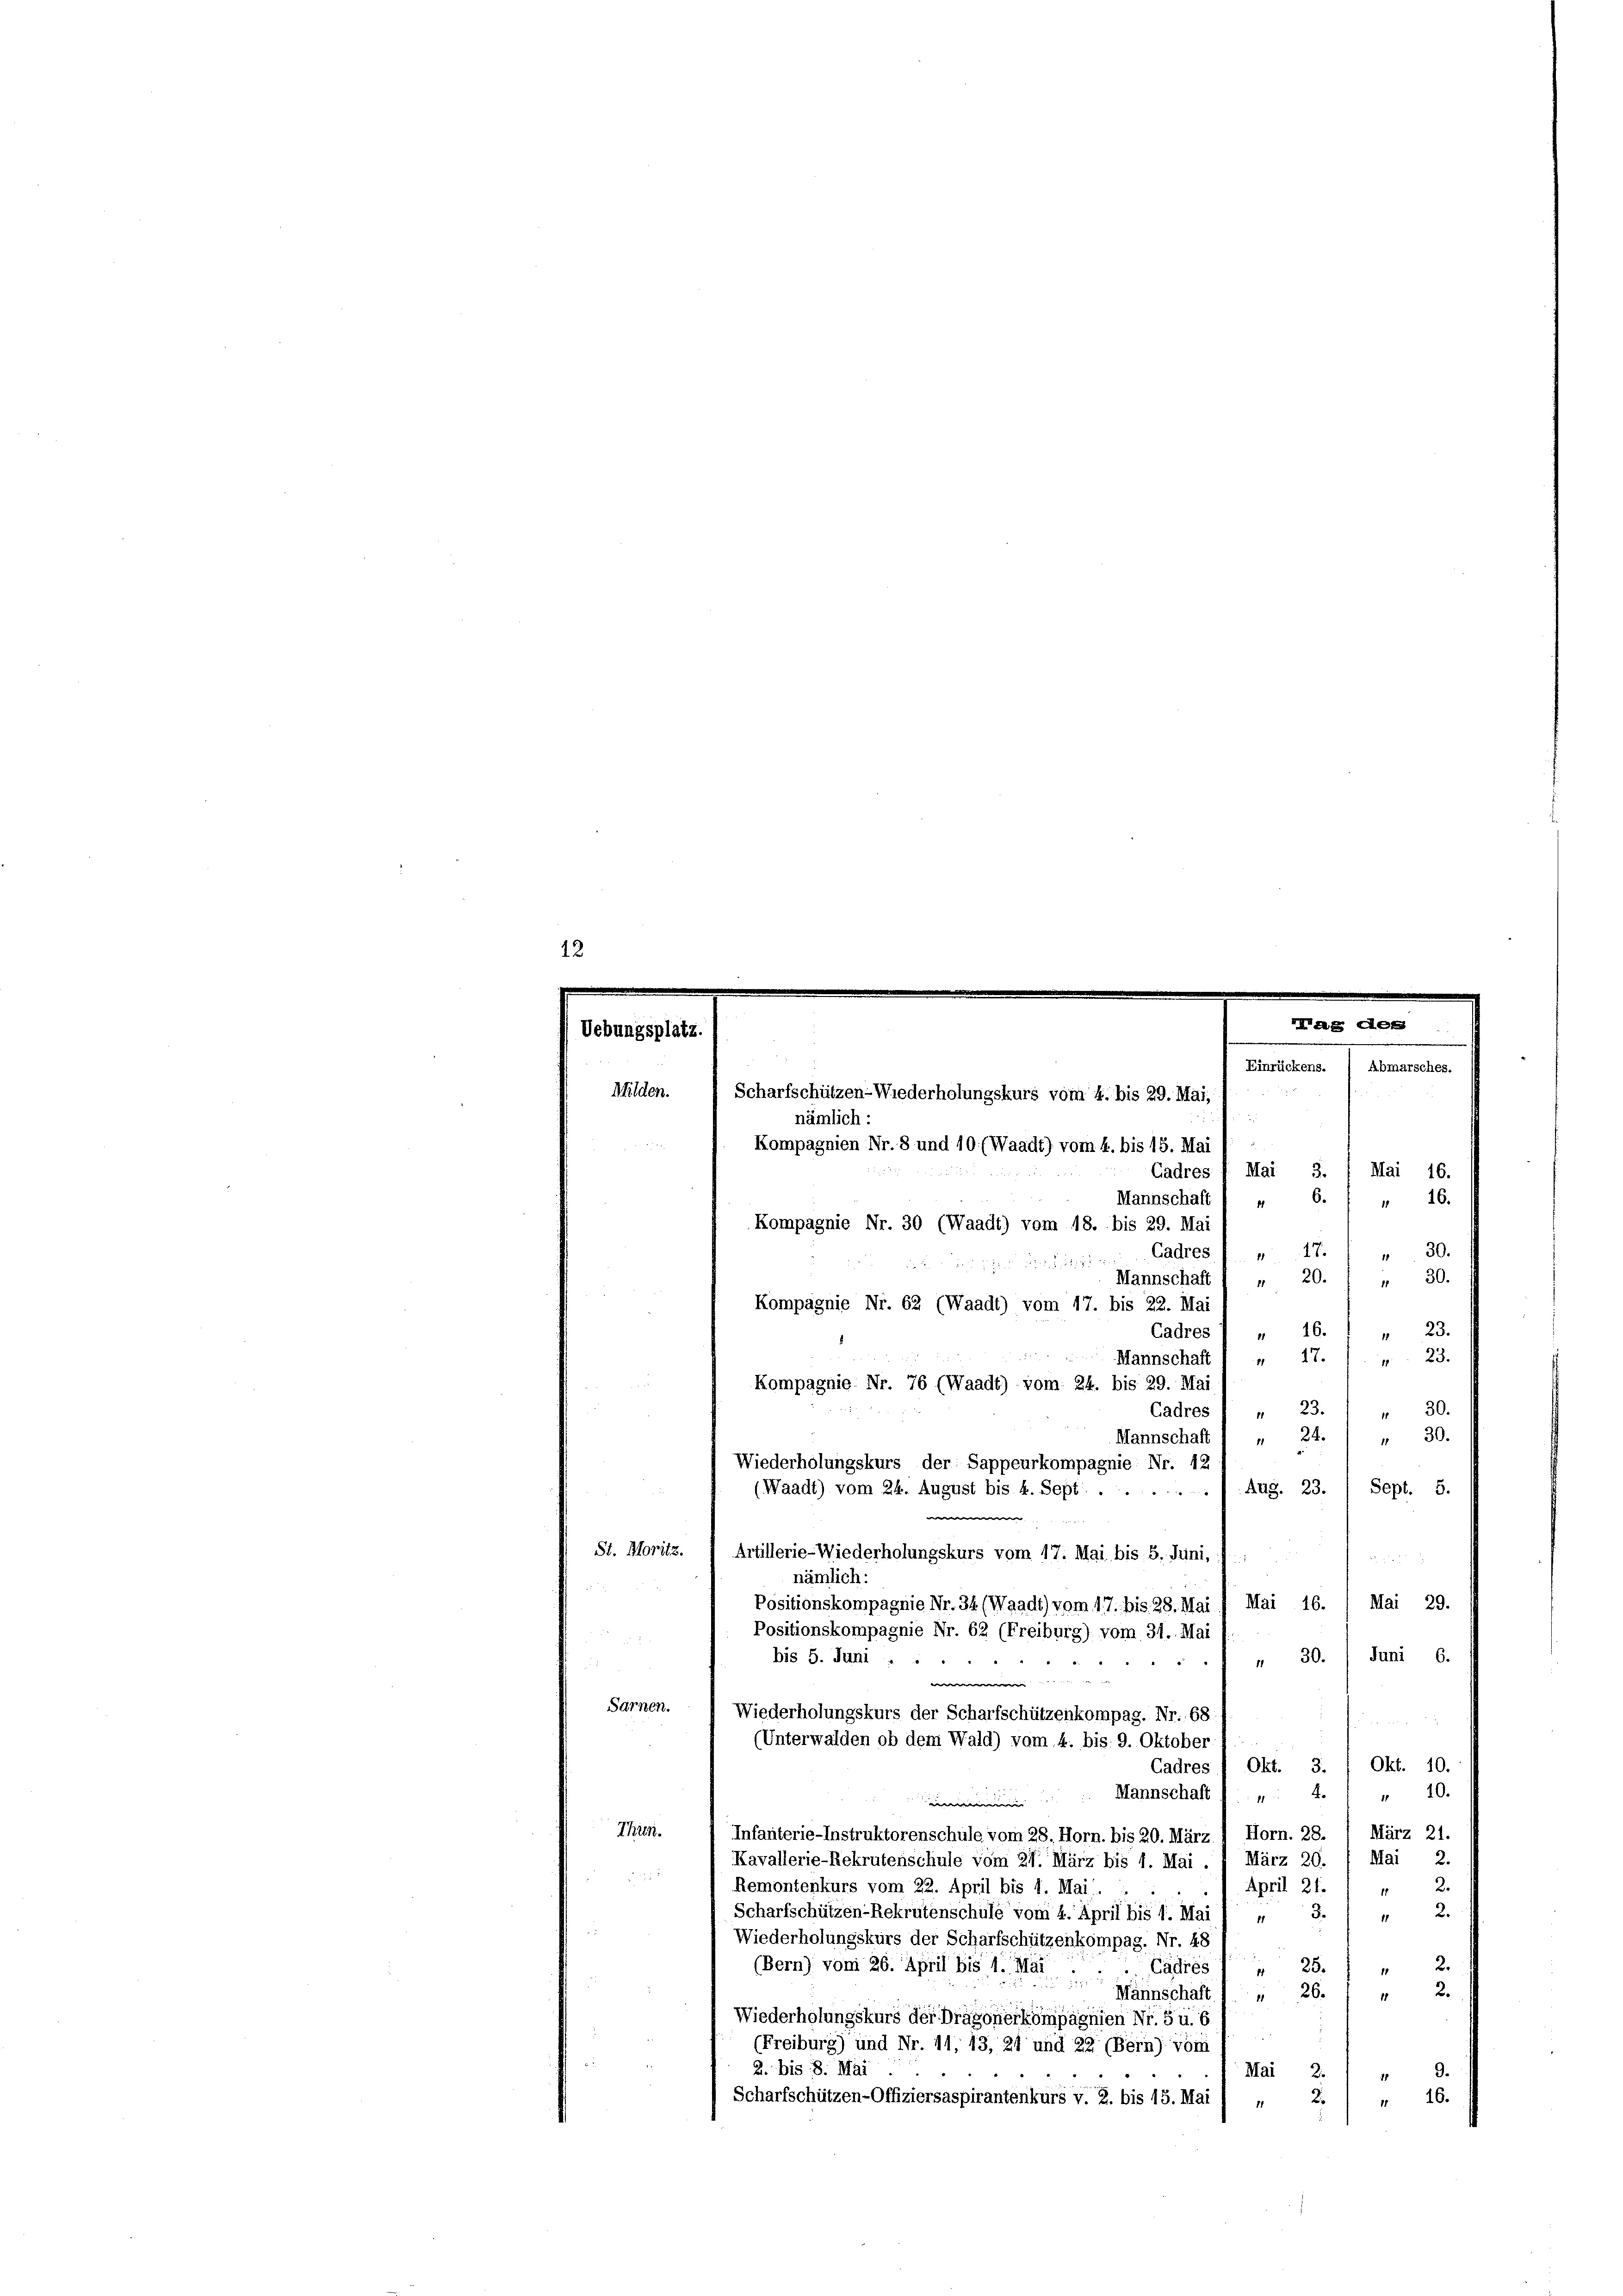
Mag des
Uebungsplatz.
Martiere fernennen
Milden.
Scharfschützen-Wiederholungskurs vom 4. bis 29. Mai,
nämlich:
Kompagnien Nr. 8 und 10. (Waadt) vom 4. bis 15. Mai
6.
Mannschaft
" 16.
11
Kompagnie Nr. 30 (Waadt) vom 18. bis 29. Mai
" 30.
din ihr denseitigen Cadres 17
 30.
" 20.
Mannschaft
Kompagnie Nr. 62 (Waadt) vom 17. bis 22. Mai
)
Cadres
2
16.
11
1
23.
" 17.
Mannschaft
1
Kompagnie Nr. 76 (Waadt) vom 24. bis 29. Mai
30.
Cadres / " 23.
11
 30.
Mannschaft 1 „ 24.
Wiederholungskurs der Sappeurkompagnie Nr. 42
Sept. 5.
Aug. 23.
(Waadt) vom 24. August bis k. Sept.
e
St. Moritz.
Artillerie-Wiederholungskurs vom 17. Mai bis 5. Jini,
 12 x
nämlich:
Mai 16.
Mai 29.
Positionskompagnie Nr. 34. (Waadt) vom 17. bis 28. Mai
Positionskompagnie Nr. 62 (Freiburg) vom 31. Mai

„ 30. Juni 6.
bis 5. Juni
e
Sarnen.
Wiederholungskurs der Scharfschützenkompag. Nr. 68
(Unterwalden ob dem Wald) vom 4. bis 9. Oktober
Cadres 1 Okt. 3. / Okt. 10.
Mannschaft
10.

.
Thun.
März 21.
Infanterie-Instruktorenschule vom 28. Horn. bis 20. März 1 Horn. 28.
Kavallerie-Rekrutenschule vom 27. März bis 4. Mai. 1 März 29. / Mai 2.
 10
Remontenkurs vom 22. April bis 1. Mai
April 21. 1 " 2.
2.
3.
Scharfschützen-Rekrutenschule vom 4. April bis 1. Mai / 4
11
Wiederholungskurs der Scharfschützenkompag. Nr. 48
2.
35.
(Bern) von 26. April bis 4. Mär
Cadres
1
14
d
26.
2
Märnschaft
Wiederholungskurs der Dragonerkompagnien Nr. 5 u. 6)
(Freiburg) und Nr. 11, 13, 21 und 22 (Bern) Vom
2. bis 8. Mai
9.
Mai 2.
11
Scharfschützen-Offiziersaspirantenkurs v. 2. bis 15. Mai / „ 2.) " 16.

s
Cadres /: Mai 3. ( Mai 16.